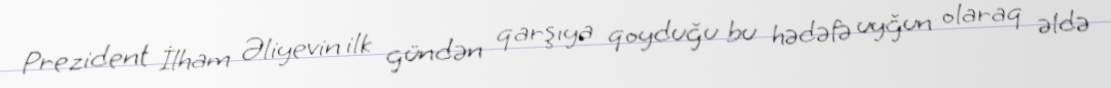
Prezident İlham Əliyevin ilk gündən qarşıya qoyduğu bu hədəfə uyğun olaraq əldə